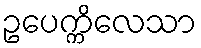
ဥပေက္ကိလေသာ